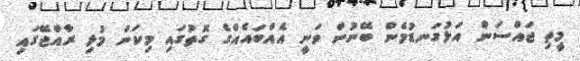
މީތި ޖައްސަން އަަޅުގަނޑުމެން ބޭނުން ވަނީ އެއްބައެއްގެ ގޮތުގައި މިކަން މުޅި ރާއްޖޭގައި